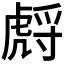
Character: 𧇛